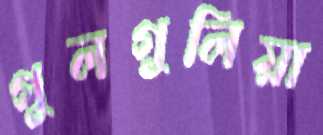
গুলগুলিয়া